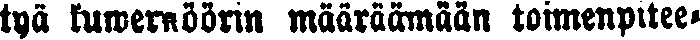
tyä kuwernöörin määräämään toimenpitee-